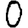
Digit: 0